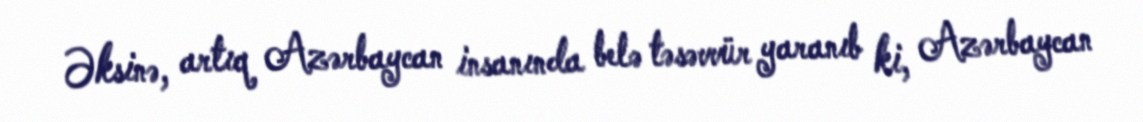
Əksinə, artıq Azərbaycan insanında belə təsəvvür yaranıb ki, Azərbaycan